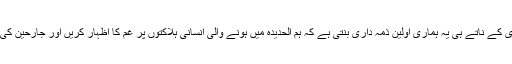
انسانی ہمدردی کے ناتے ہی یہ ہماری اولین ذمہ داری بنتی ہے کہ ہم الحدیدہ میں ہونے والی انسانی ہلاکتوں پر غم کا اظہار کریں اور جارحین کی مذمت کریں۔